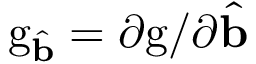
\mathrm { g } _ { \hat { \mathbf { b } } } = \partial \mathrm { g } / \partial { \hat { \mathbf { b } } }